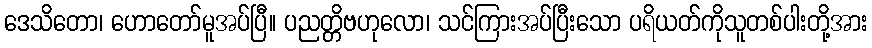
ဒေသိတော၊ ဟောတော်မူအပ်ပြီ။ ပညတ္တိဗဟုလော၊ သင်ကြားအပ်ပြီးသော ပရိယတ်ကိုသူတစ်ပါးတို့အား